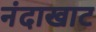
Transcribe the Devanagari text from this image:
नंदाखाट